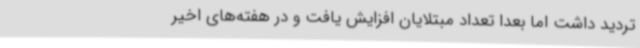
تردید داشت اما بعدا تعداد مبتلایان افزایش یافت و در هفته‌های اخیر